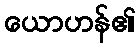
ယောဟန်၏